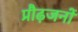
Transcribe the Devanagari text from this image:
प्रौढ़जनों